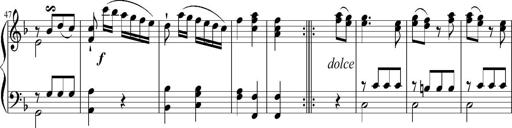
Title: 12 Sonatinas for Piano
Composer: Johann Baptist Vanhal